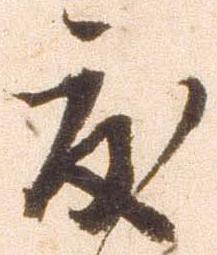
度